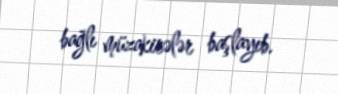
bağlı müzakirələr başlayıb.